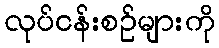
လုပ်ငန်းစဉ်များကို